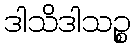
ဒါသိဒါသဉ္စ